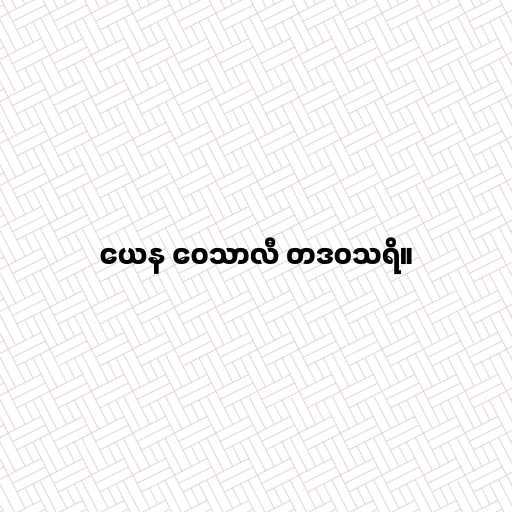
ယေန ဝေသာလီ တဒဝသရိ။